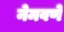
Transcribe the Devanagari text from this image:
नेमवणे